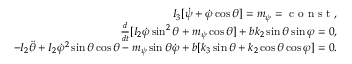
\begin{array} { r } { I _ { 3 } [ \dot { \psi } + \dot { \varphi } \cos \theta ] = m _ { \psi } = \mathrm { ~ c ~ o ~ n ~ s ~ t ~ } , } \\ { \frac { d } { d t } [ I _ { 2 } \dot { \varphi } \sin ^ { 2 } \theta + m _ { \psi } \cos \theta ] + b k _ { 2 } \sin \theta \sin \varphi = 0 , } \\ { - I _ { 2 } \ddot { \theta } + I _ { 2 } \dot { \varphi } ^ { 2 } \sin \theta \cos \theta - m _ { \psi } \sin \theta \dot { \varphi } + b [ k _ { 3 } \sin \theta + k _ { 2 } \cos \theta \cos \varphi ] = 0 . } \end{array}